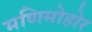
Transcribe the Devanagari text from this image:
मणिमोहोर